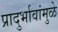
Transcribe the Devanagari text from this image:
प्रादुर्भावांमुळे